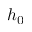
h _ { 0 }